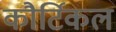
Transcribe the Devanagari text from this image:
कौर्टिकल